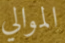
الموالي